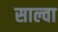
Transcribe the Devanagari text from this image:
साल्वा